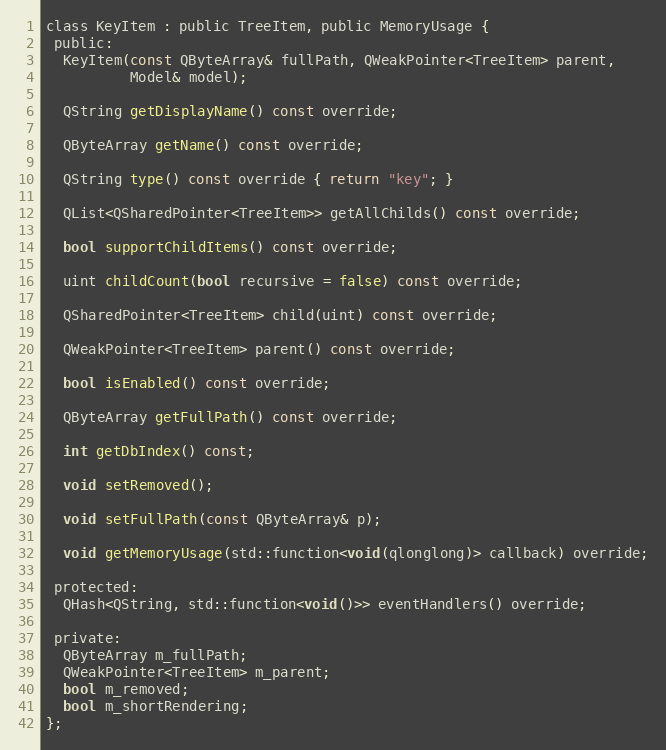
Language: C
class KeyItem : public TreeItem, public MemoryUsage {
 public:
  KeyItem(const QByteArray& fullPath, QWeakPointer<TreeItem> parent,
          Model& model);

  QString getDisplayName() const override;

  QByteArray getName() const override;

  QString type() const override { return "key"; }

  QList<QSharedPointer<TreeItem>> getAllChilds() const override;

  bool supportChildItems() const override;

  uint childCount(bool recursive = false) const override;

  QSharedPointer<TreeItem> child(uint) const override;

  QWeakPointer<TreeItem> parent() const override;

  bool isEnabled() const override;

  QByteArray getFullPath() const override;

  int getDbIndex() const;

  void setRemoved();

  void setFullPath(const QByteArray& p);

  void getMemoryUsage(std::function<void(qlonglong)> callback) override;

 protected:
  QHash<QString, std::function<void()>> eventHandlers() override;

 private:
  QByteArray m_fullPath;
  QWeakPointer<TreeItem> m_parent;
  bool m_removed;
  bool m_shortRendering;
};